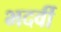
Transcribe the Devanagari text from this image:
भदर्वी